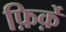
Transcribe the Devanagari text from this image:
फ़िर्क़े